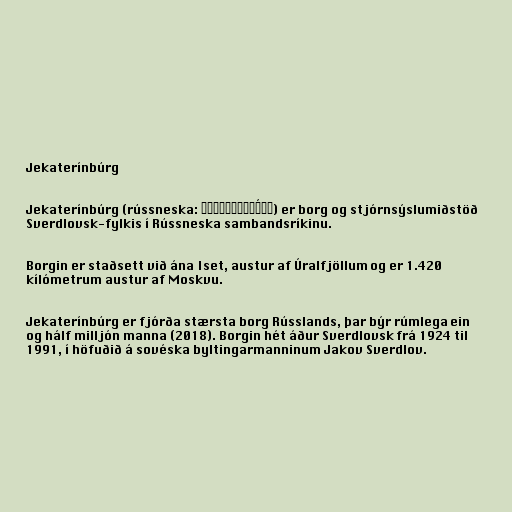
Jekaterínbúrg

Jekaterínbúrg (rússneska: Екатеринбу́рг) er borg og stjórnsýslumiðstöð
Sverdlovsk-fylkis í Rússneska sambandsríkinu.

Borgin er staðsett við ána Iset, austur af Úralfjöllum og er 1.420
kílómetrum austur af Moskvu.

Jekaterínbúrg er fjórða stærsta borg Rússlands, þar býr rúmlega ein
og hálf milljón manna (2018). Borgin hét áður Sverdlovsk frá 1924 til
1991, í höfuðið á sovéska byltingarmanninum Jakov Sverdlov.